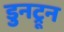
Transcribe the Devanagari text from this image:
डुनट्रून